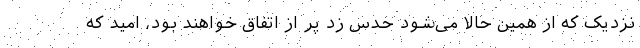
نزدیک که از همین حالا می‌شود حدس زد پر از اتفاق خواهند بود، امید که